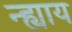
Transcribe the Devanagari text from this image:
न्ह्याय